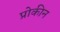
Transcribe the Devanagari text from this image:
प्रोकीन